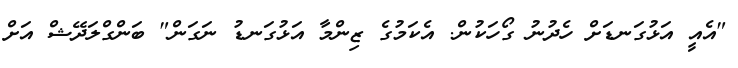
"އެއީ އަޅުގަނޑަށް ހެދުނު ގޯހަކުން. އެކަމުގެ ޒިންމާ އަޅުގަނޑު ނަގަން" ބަންގްލަދޭޝް އަށް